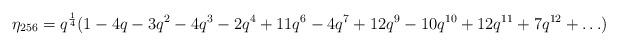
LaTeX: \begin{align*}\eta_{256}=q^\frac{1}{4}(1-4q-3q^2-4q^3-2q^4+11q^6-4q^7+12q^9-10q^{10}+12q^{11}+7q^{12}+\ldots)\,\end{align*}